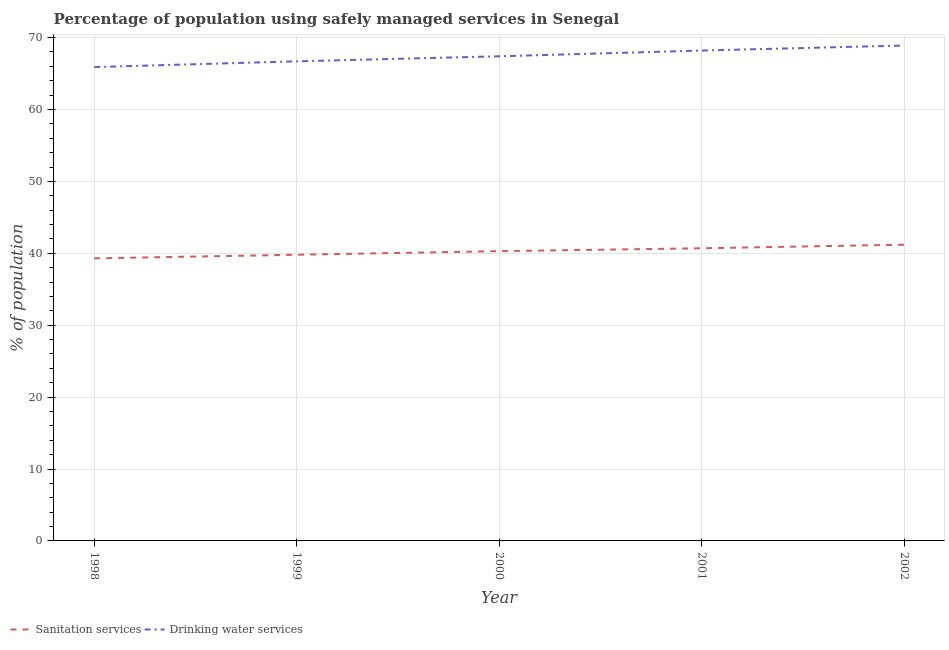
| Year | Sanitation services | Drinking water services |
 | --- | --- | --- |
 | 1998 | 39.3 | 65.9 |
 | 1999 | 39.8 | 66.7 |
 | 2000 | 40.3 | 67.4 |
 | 2001 | 40.7 | 68.2 |
 | 2002 | 41.2 | 68.9 |